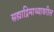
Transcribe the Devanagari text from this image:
सह्याद्रिमाथ्यावरील